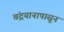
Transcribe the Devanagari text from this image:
चंद्रयानापासून